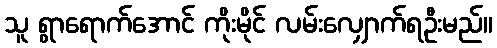
သူ ရွာရောက်အောင် ကိုးမိုင် လမ်းလျှောက်ရဦးမည်။